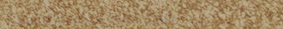
حلول تقنية متطورة لجميع أ